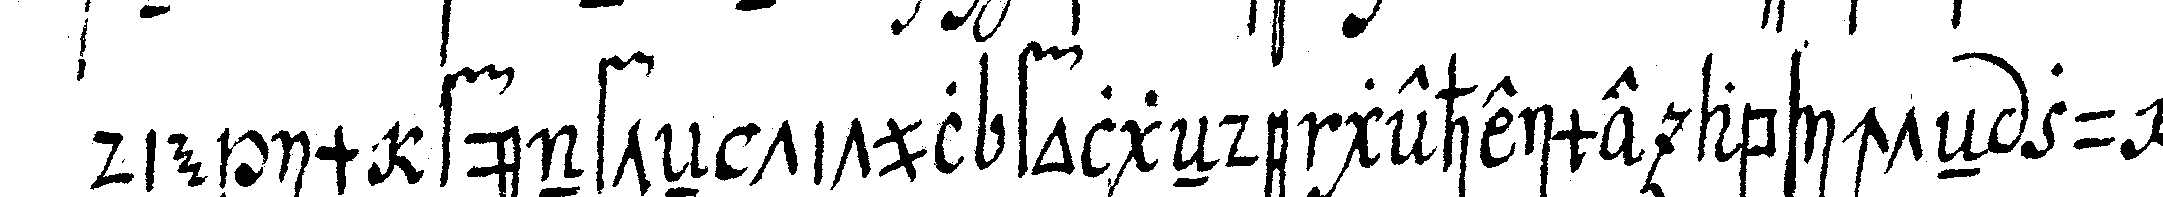
die im fünfteN titul folgeNde geheime absichteN zu